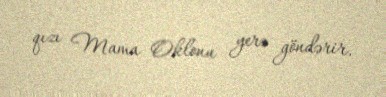
qızı Mama Oklonu yerə göndərir.